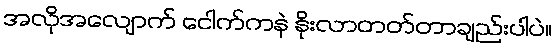
အလိုအလျောက် ငေါက်ကနဲ နိုးလာတတ်တာချည်းပါပဲ။